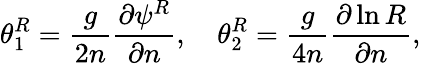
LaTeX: \theta_{1}^{R}=\frac{g}{2n}\frac{\partial\psi^{R}}{\partial n},\ \ \ \ \theta_{2}^{R}=\frac{g}{4n}\frac{\partial\ln{R}}{\partial n},